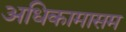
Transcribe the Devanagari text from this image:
अधिकामासम